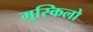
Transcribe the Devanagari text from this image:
मुस्किलो